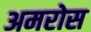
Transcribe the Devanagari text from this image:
अमरोस